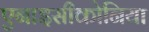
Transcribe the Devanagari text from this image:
एनाइसीकोनिया